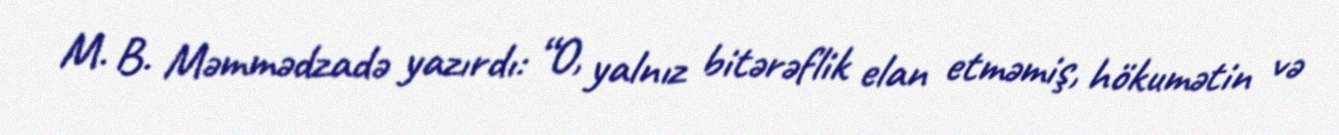
M. B. Məmmədzadə yazırdı: “O, yalnız bitərəflik elan etməmiş, hökumətin və